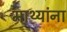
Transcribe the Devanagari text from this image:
माथ्यांना